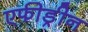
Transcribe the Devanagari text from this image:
एफीड्रीन